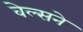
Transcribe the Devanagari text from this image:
वेल्सने